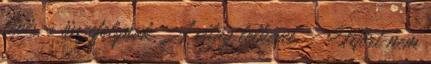
lépés, s összefolynak A világ lelkével. - Mért nem